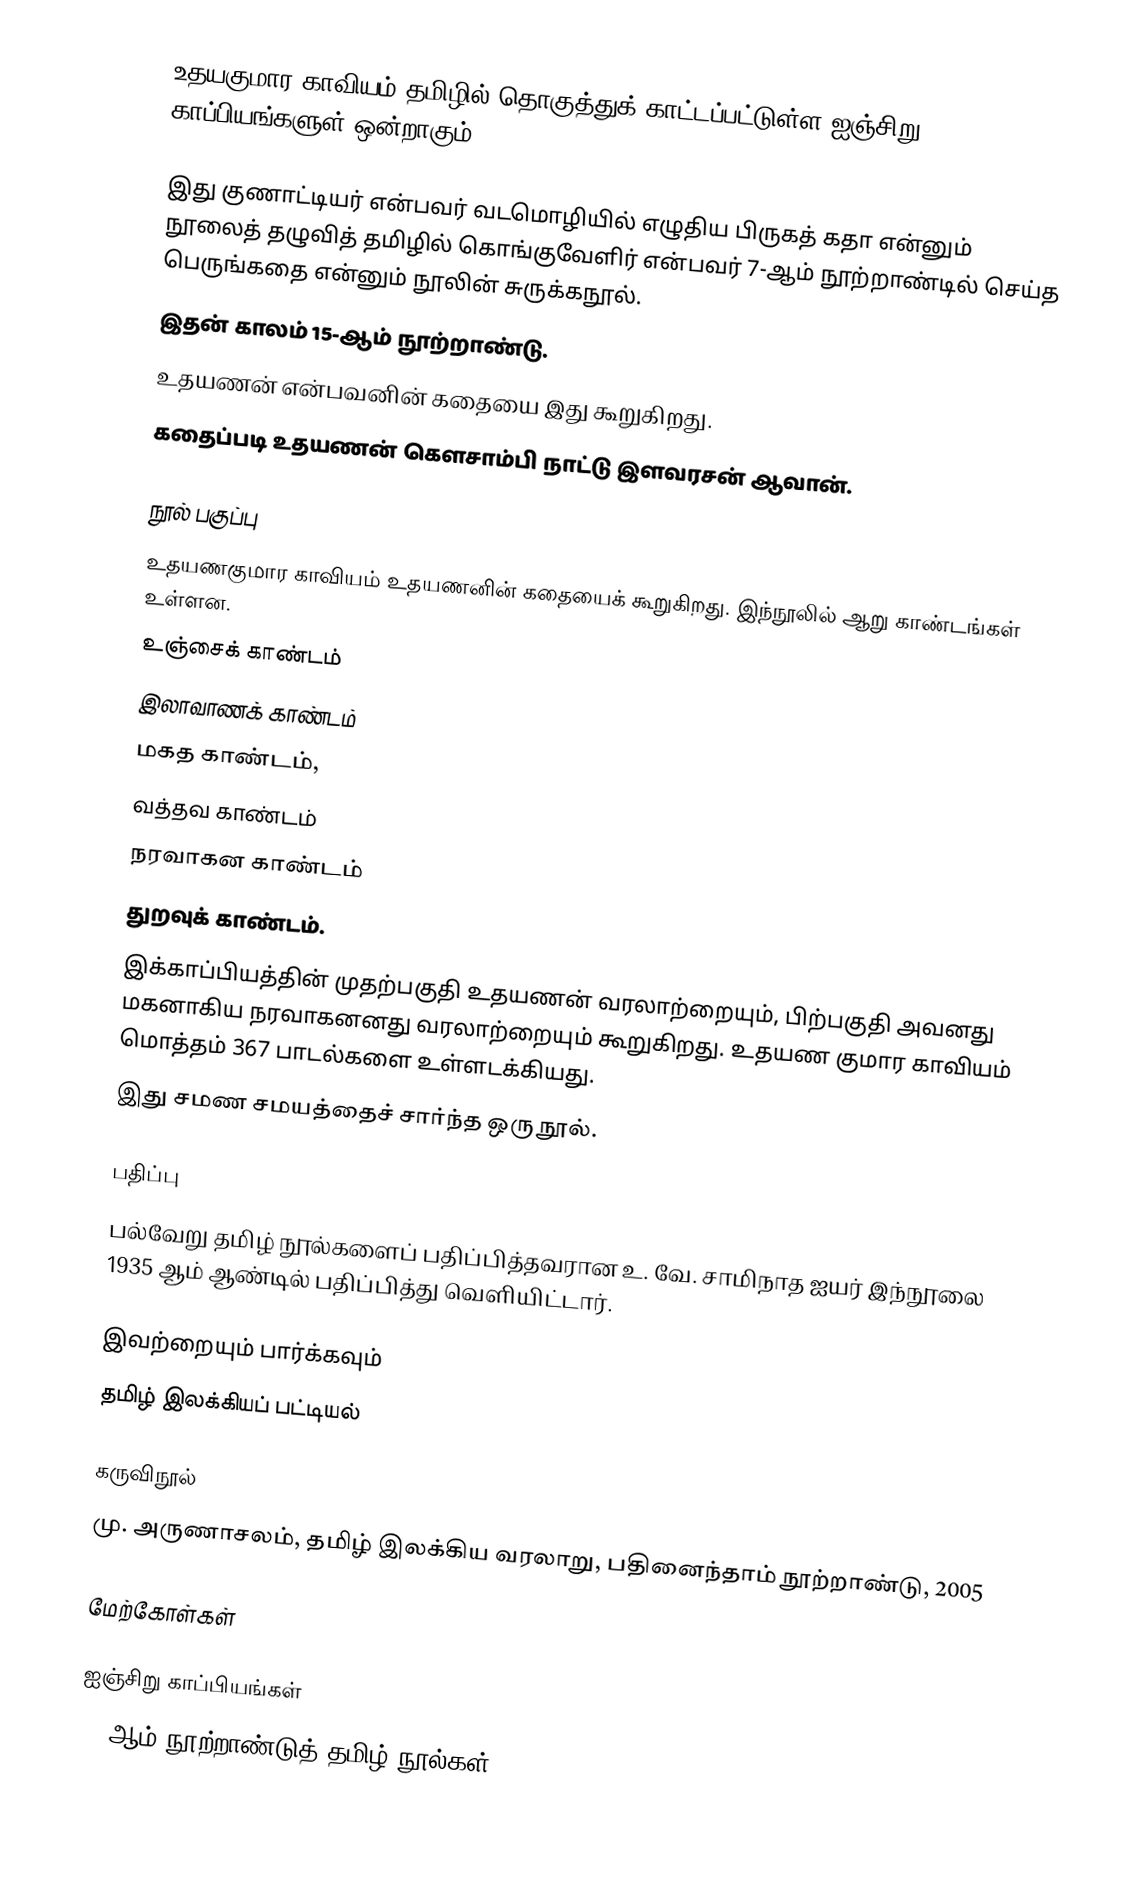
உதயகுமார காவியம் தமிழில் தொகுத்துக் காட்டப்பட்டுள்ள ஐஞ்சிறு காப்பியங்களுள் ஒன்றாகும்.

இது குணாட்டியர் என்பவர் வடமொழியில் எழுதிய பிருகத் கதா என்னும் நூலைத் தழுவித் தமிழில் கொங்குவேளிர் என்பவர் 7-ஆம் நூற்றாண்டில் செய்த பெருங்கதை என்னும் நூலின் சுருக்கநூல்.
 இதன் காலம் 15-ஆம் நூற்றாண்டு.
உதயணன் என்பவனின் கதையை இது கூறுகிறது.
கதைப்படி உதயணன் கௌசாம்பி நாட்டு இளவரசன் ஆவான்.

நூல் பகுப்பு
உதயணகுமார காவியம் உதயணனின் கதையைக் கூறுகிறது. இந்நூலில் ஆறு காண்டங்கள் உள்ளன.
 உஞ்சைக் காண்டம்
 இலாவாணக் காண்டம்
 மகத காண்டம்,
 வத்தவ காண்டம்
 நரவாகன காண்டம்
 துறவுக் காண்டம்.
இக்காப்பியத்தின் முதற்பகுதி உதயணன் வரலாற்றையும், பிற்பகுதி அவனது மகனாகிய நரவாகனனது வரலாற்றையும் கூறுகிறது. உதயண குமார காவியம் மொத்தம் 367 பாடல்களை உள்ளடக்கியது.
இது சமண சமயத்தைச் சார்ந்த ஒரு நூல்.

பதிப்பு
பல்வேறு தமிழ் நூல்களைப் பதிப்பித்தவரான உ. வே. சாமிநாத ஐயர் இந்நூலை 1935 ஆம் ஆண்டில் பதிப்பித்து வெளியிட்டார்.

இவற்றையும் பார்க்கவும்
 தமிழ் இலக்கியப் பட்டியல்

கருவிநூல்
மு. அருணாசலம், தமிழ் இலக்கிய வரலாறு, பதினைந்தாம் நூற்றாண்டு, 2005

மேற்கோள்கள்

ஐஞ்சிறு காப்பியங்கள்
15 ஆம் நூற்றாண்டுத் தமிழ் நூல்கள்